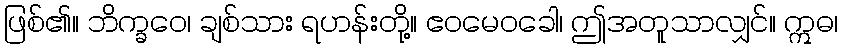
ဖြစ်၏။ ဘိက္ခဝေ၊ ချစ်သား ရဟန်းတို့။ ဧဝမေဝခေါ၊ ဤအတူသာလျှင်။ ဣဓ၊